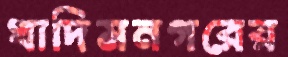
খাদিমনগরের